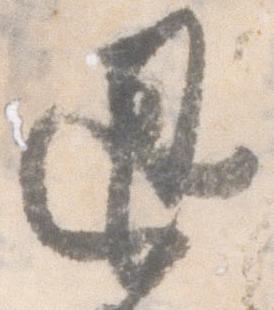
退